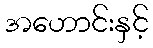
အဟောင်းနှင့်